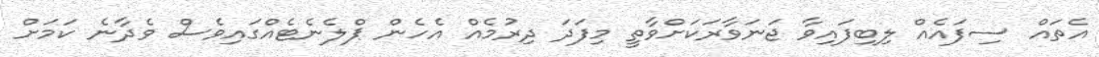
އެތައް ސިފައެއް ލިބިފައިވާ ޖަނަވާރަކަށްވާތީ މިފަދަ ދިރުމެއް އެހެން ޕްލެނެޓެއްގައިވެސް ވެދާނެ ކަމަށް